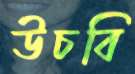
উচবি